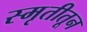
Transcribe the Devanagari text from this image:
स्मृतीतून